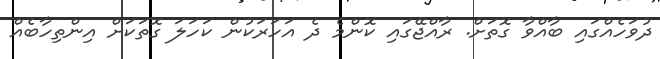
ދުވަހެއްގައި ބާއްވާ ގޮތަށް. ރާއްޖޭގައި ކޮންމެ ދެ އަހަރަކުން ކަހަލަ ގޮތަކަށް އިންތިހާބެއް